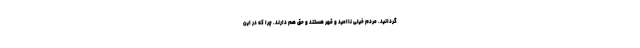
گردانید. مردم خیلی ناامید و قهر هستند و حق هم دارند. چرا که در این